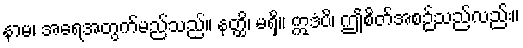
နာမ၊ အရေအတွက်မည်သည်။ နတ္ထိ၊ မရှိ။ ဣဒံပိ၊ ဤစိတ်အစဉ်သည်လည်း။